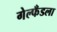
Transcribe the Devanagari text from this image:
गेल्फँडला